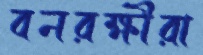
বনরক্ষীরা